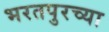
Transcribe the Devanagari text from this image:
भरतपुरच्या